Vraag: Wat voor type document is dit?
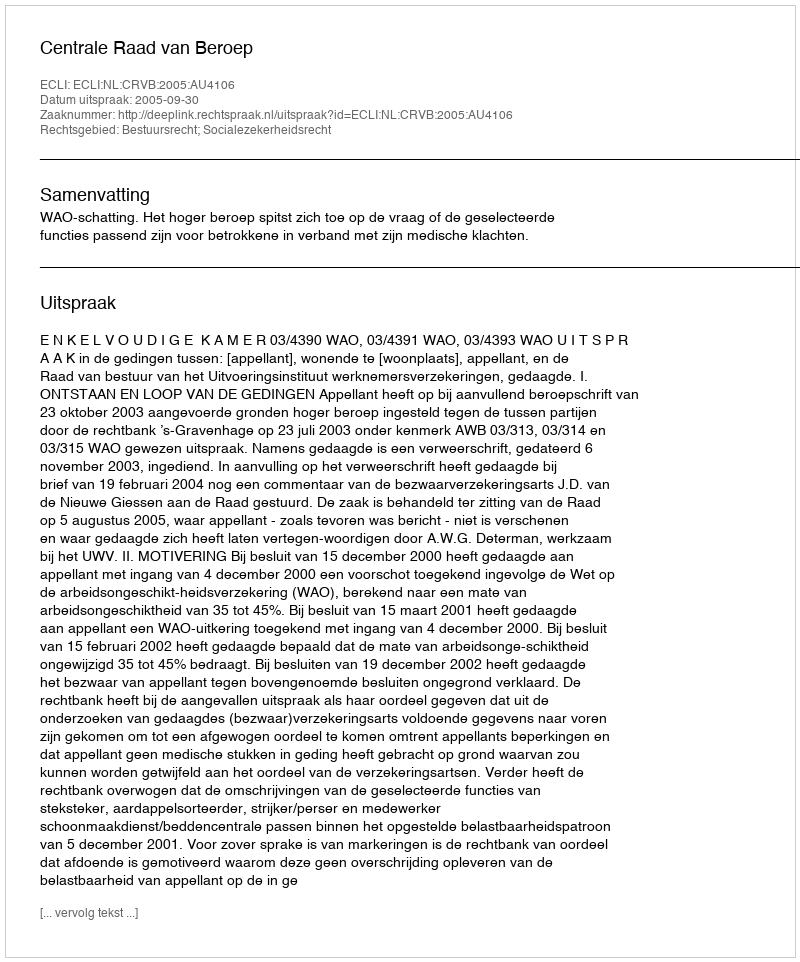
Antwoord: Uitspraak